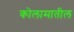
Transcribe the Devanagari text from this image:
कोलामातील